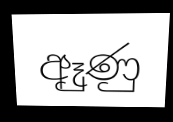
ඈුණු